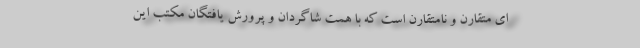
ای متقارن و نامتقارن است که با همت شاگردان و پرورش یافتگان مکتب این